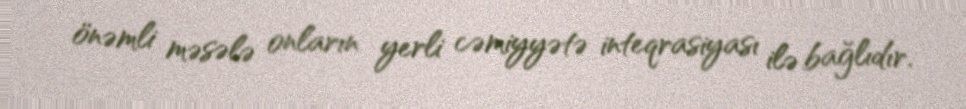
önəmli məsələ onların yerli cəmiyyətə inteqrasiyası ilə bağlıdır.